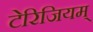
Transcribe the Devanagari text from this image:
टेरिजियम्